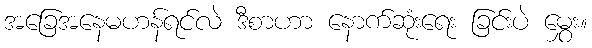
အခြေအနေမဟန်ရင်လဲ ဒီစာဟာ နောက်ဆုံးရေး ခြင်းပဲ မွှေး။